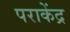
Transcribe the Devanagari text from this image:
पराकेंद्र